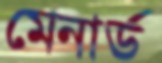
মেনার্ড